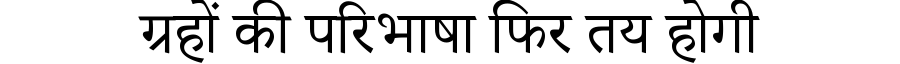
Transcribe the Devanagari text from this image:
ग्रहों की परिभाषा फिर तय होगी